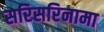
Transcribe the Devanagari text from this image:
सरिसरिनामा